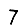
Digit: 7